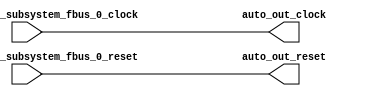
module ClockGroup_2(
  input   auto_in_member_subsystem_fbus_0_clock,
  input   auto_in_member_subsystem_fbus_0_reset,
  output  auto_out_clock,
  output  auto_out_reset
);
  assign auto_out_clock = auto_in_member_subsystem_fbus_0_clock; // @[Nodes.scala 1210:84 LazyModule.scala 309:16]
  assign auto_out_reset = auto_in_member_subsystem_fbus_0_reset; // @[Nodes.scala 1210:84 LazyModule.scala 309:16]
endmodule